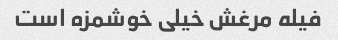
فیله مرغش خیلی خوشمزه است